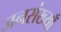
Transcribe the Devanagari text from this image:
जनसंख्याँ